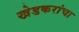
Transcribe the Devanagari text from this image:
खेडकरांचा